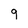
Character: 9